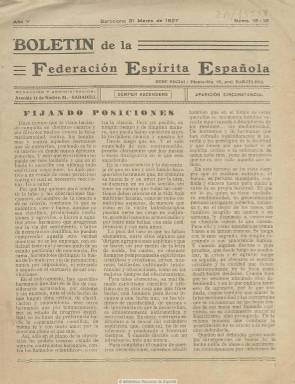
Título: Boletín de la Federación Espírita Española
Colección: Espiritismo
Ámbito geográfico: Barcelona
Lugar de publicación: Barcelona
Fechas: 31/03/1927-31/03/1927

La colección de la Biblioteca Nacional de España cuenta con un número doble (15-16), correspondiente al 31 de marzo de 1927, de este título, en el que indica que se trata de su quinto año de edición, por lo que pudo comenzar su edición en 1923. También en la cabecera, junto al lema “semper ascendens”, expresa que se trata de un boletín sin periodicidad fija. En esta entrega, de ocho páginas, compuesta a tres columnas, se da cuenta de que la citada federación tenía su sede en Barcelona, mientras que la redacción y la impresión del boletín, en Sabadell. Contiene artículos y noticias sobre  personajes, centros y entidades del movimiento espiritista. También inserta una “Instructa para la formación de centros espíritas”. Entre las firmas de sus textos aparecen las de C. Villar de la Tejera, Antonio Senespleda y Quintín López Gómez.